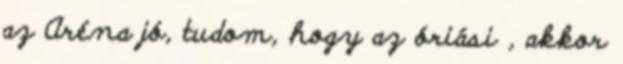
az Aréna jó, tudom, hogy az óriási , akkor